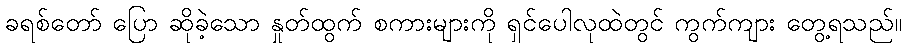
ခရစ်တော် ပြော ဆိုခဲ့သော နှုတ်ထွက် စကားများကို ရှင်ပေါလုထဲတွင် ကွက်ကျား တွေ့ရသည်။